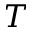
T